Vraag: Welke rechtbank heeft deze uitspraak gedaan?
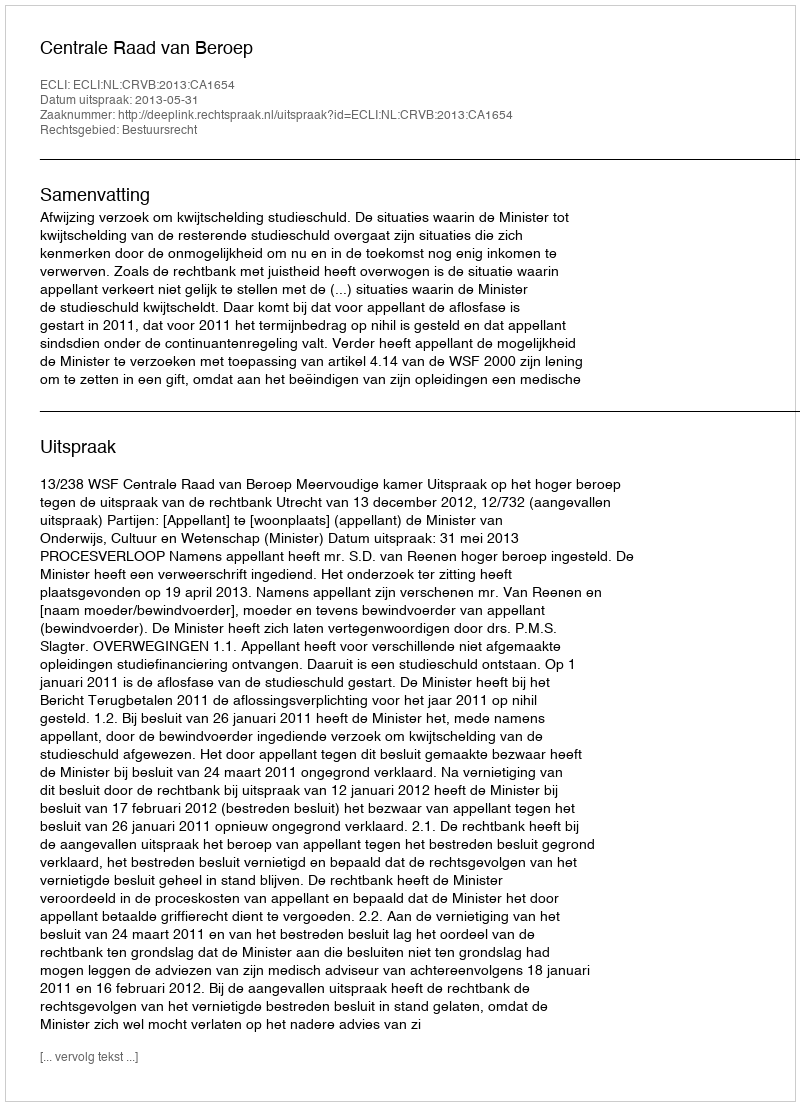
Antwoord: Centrale Raad van Beroep